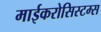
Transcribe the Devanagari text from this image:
माईकरोसिस्टम्स